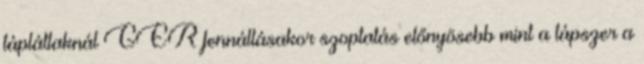
tápláltaknál GER fennállásakor szoptatás előnyösebb mint a tápszer a